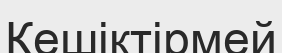
Кешіктірмей